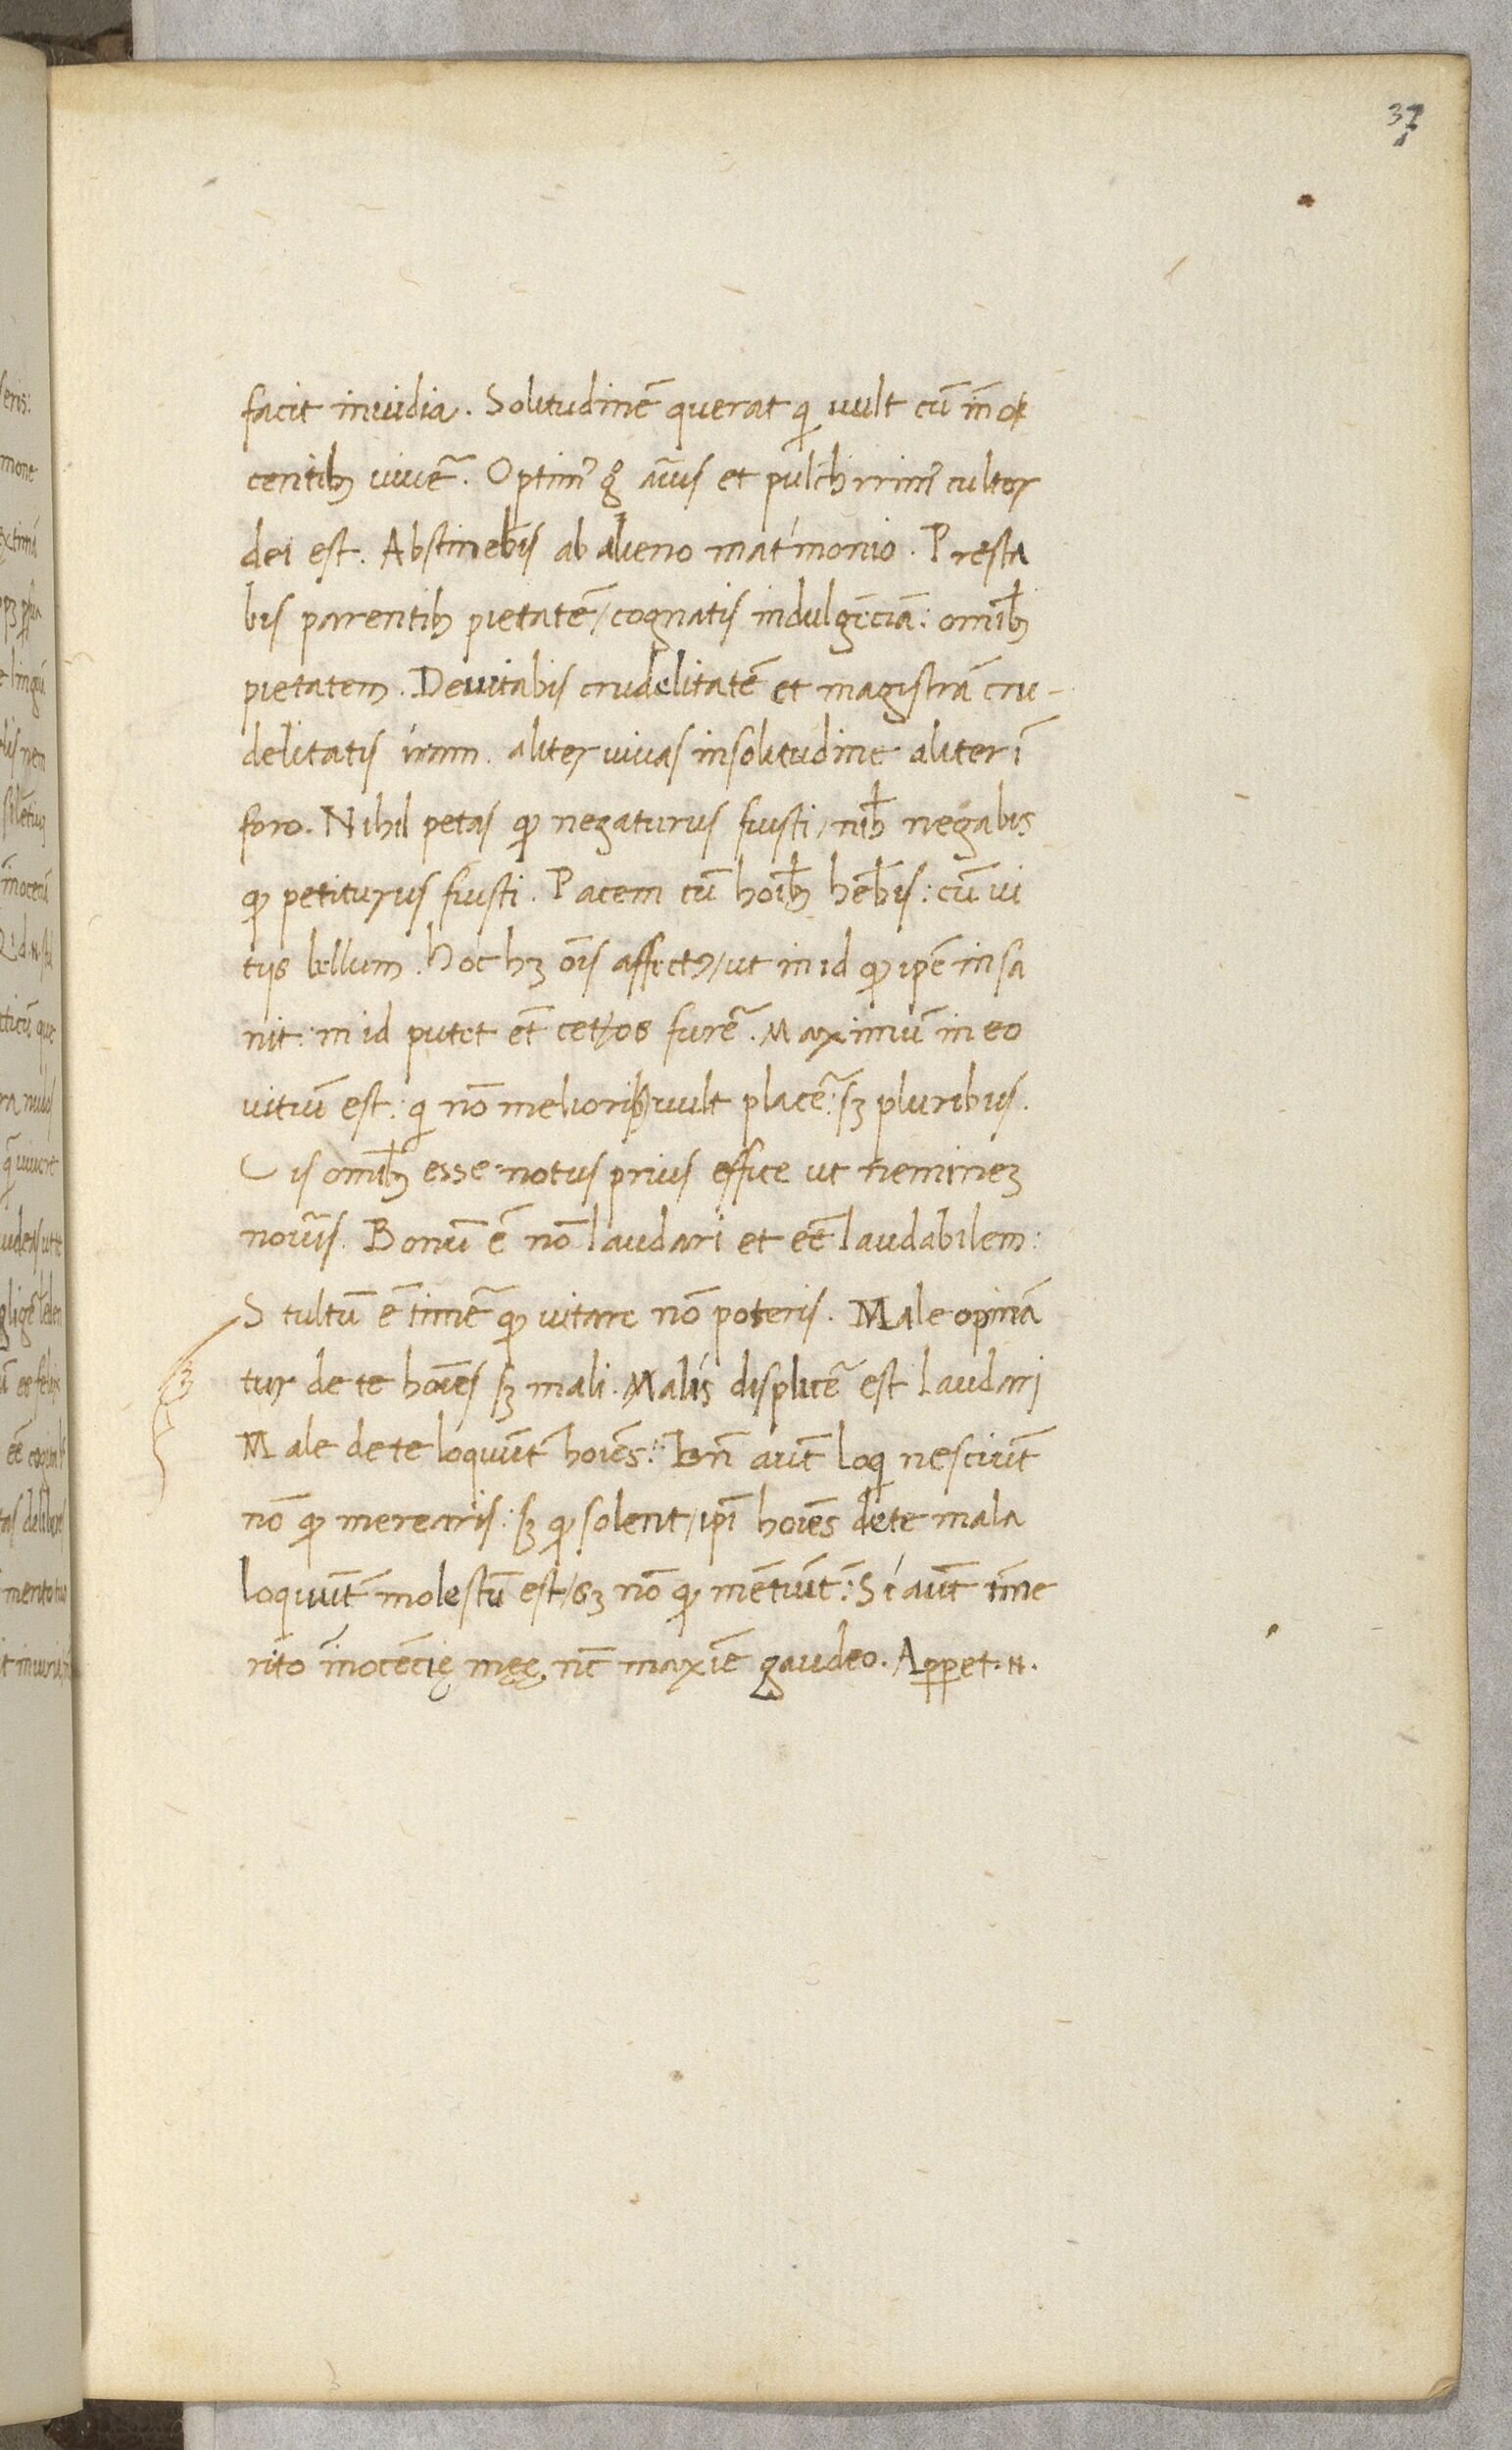
Shelfmark: Paris, BnF, NAL 632
Century: 15